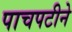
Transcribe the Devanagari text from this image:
पाचपटीने